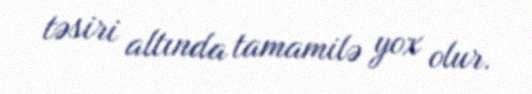
təsiri altında tamamilə yox olur.